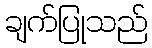
ချက်ပြုသည်